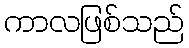
ကာလဖြစ်သည်